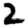
Digit: 2